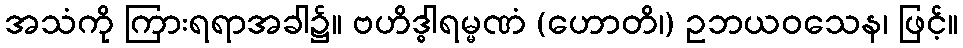
အသံကို ကြားရရာအခါ၌။ ဗဟိဒ္ဓါရမ္မဏံ (ဟောတိ၊) ဥဘယဝသေန၊ ဖြင့်။